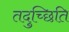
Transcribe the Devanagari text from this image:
तदुच्छिति